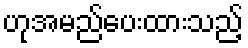
ဟုအမည်ပေးထားသည့်